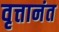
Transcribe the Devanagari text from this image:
वृत्तानंत